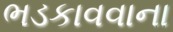
ભડકાવવાના